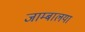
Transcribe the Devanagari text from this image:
जाम्बालया